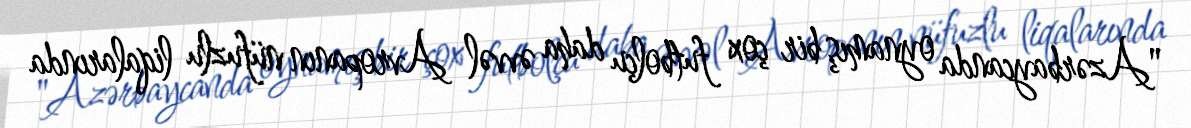
"Azərbaycanda oynamış bir çox futbolçu daha əvvəl Avropanın nüfuzlu liqalarında